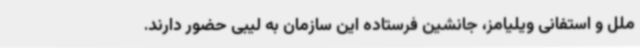
ملل و استفانی ویلیامز، جانشین فرستاده این سازمان به لیبی حضور دارند.